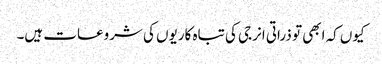
کیوں کہ ابھی تو ذراتی انرجی کی تباہ کاریوں کی شروعات ہیں۔